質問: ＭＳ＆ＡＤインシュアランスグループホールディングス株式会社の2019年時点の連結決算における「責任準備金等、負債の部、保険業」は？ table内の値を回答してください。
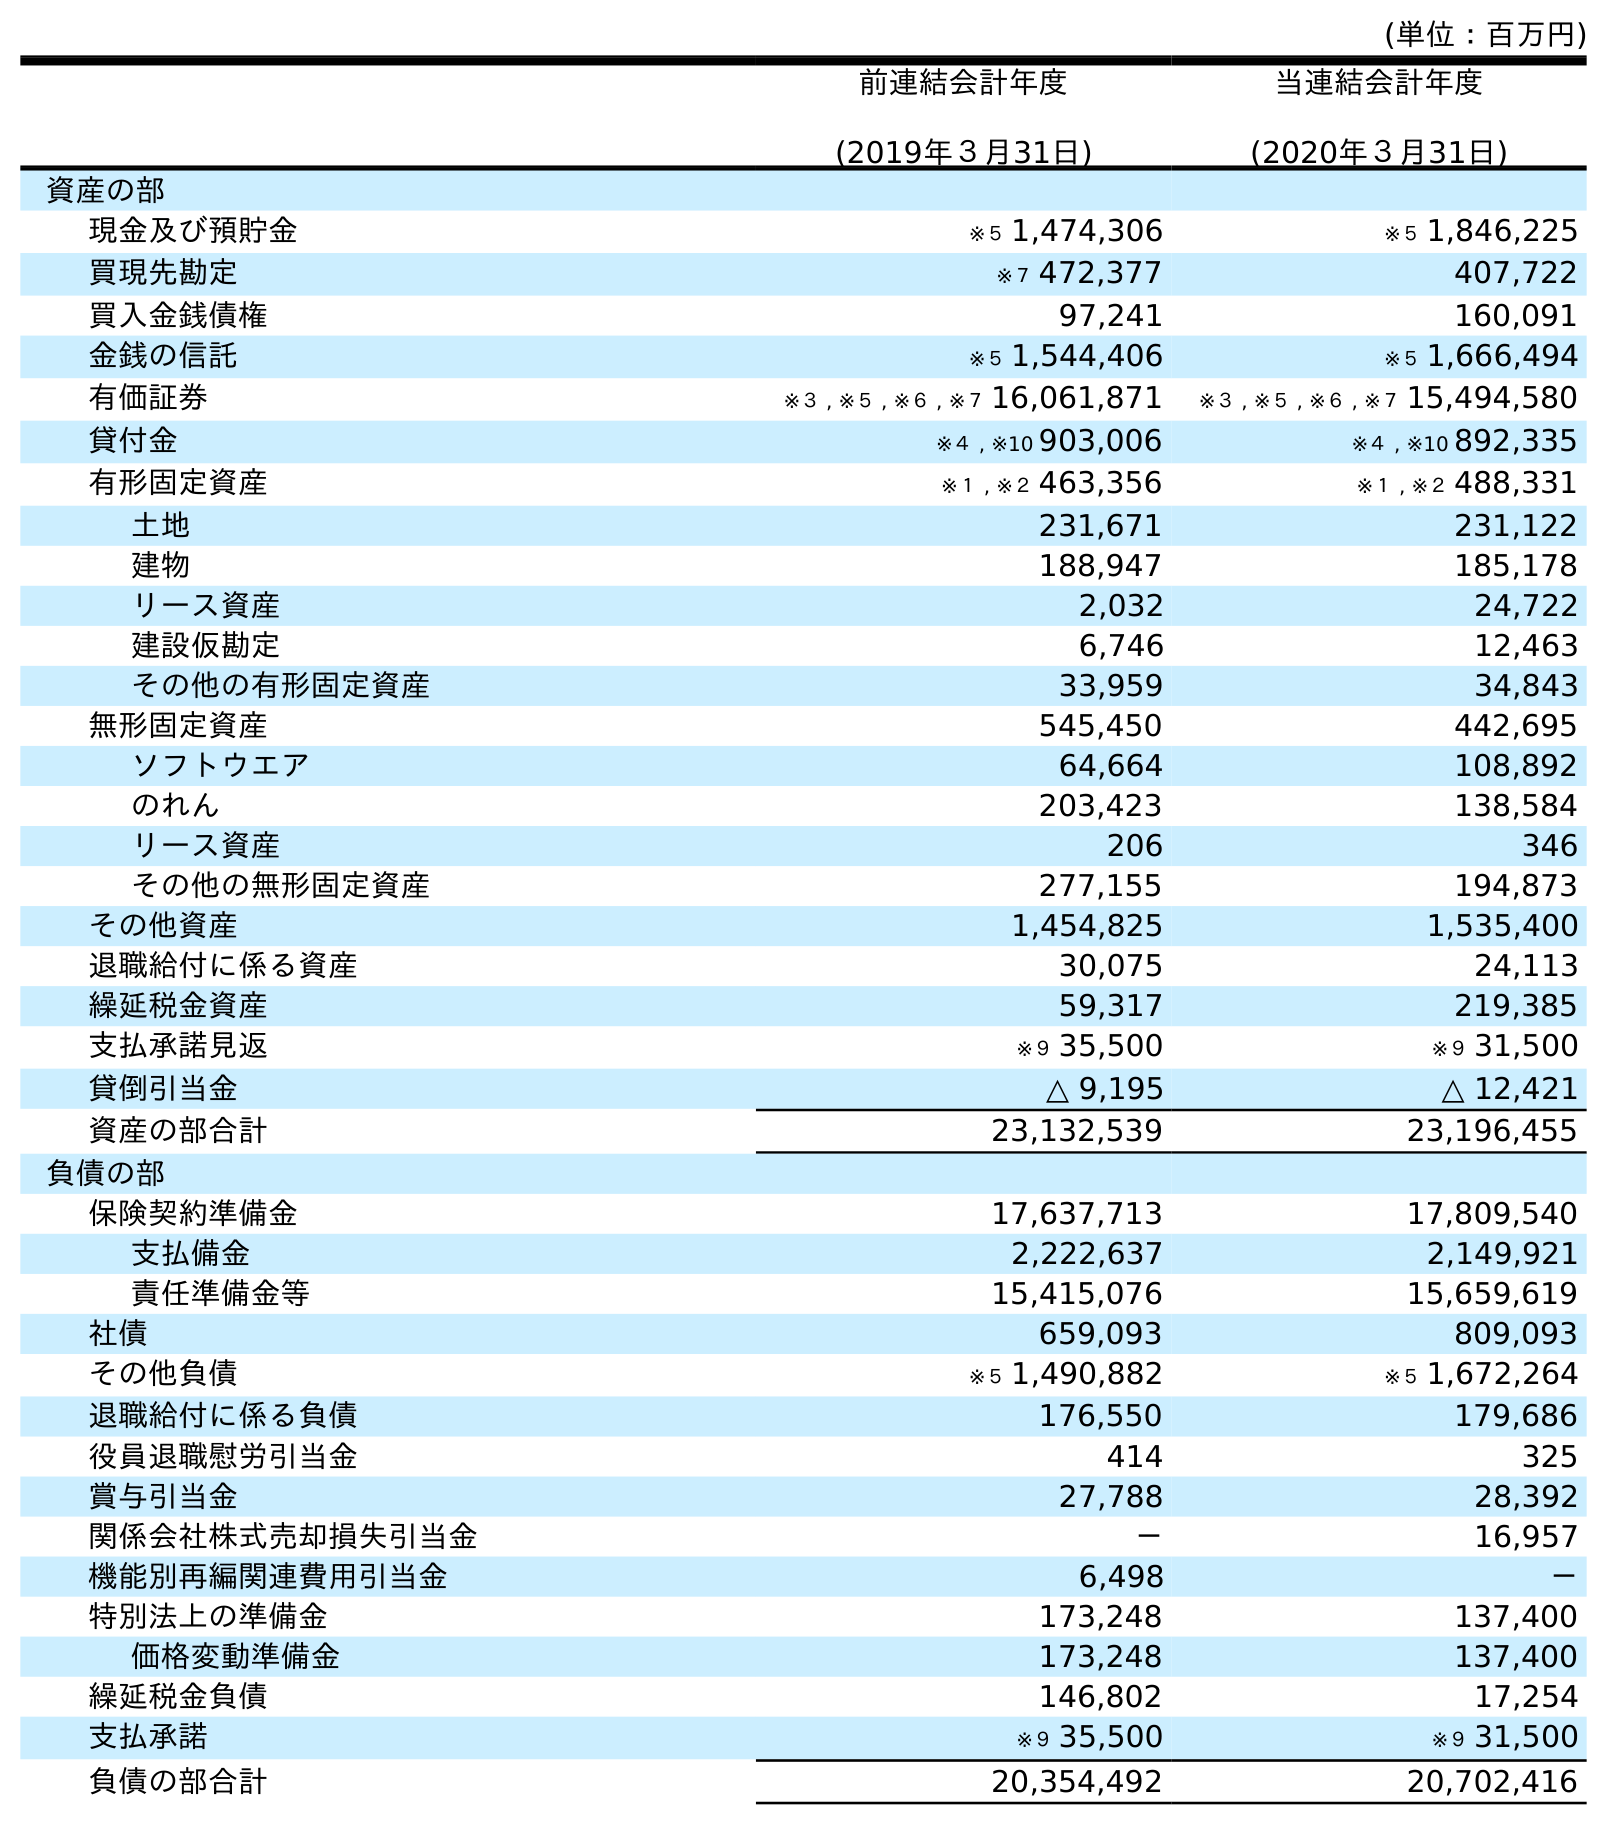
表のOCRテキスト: (単位：百万円) 前連結会計年度 (2019年３月31日) 当連結会計年度 (2020年３月31日) 資産の部 現金及び預貯金 ※５ 1,474,306 ※５ 1,846,225 買現先勘定 ※７ 472,377 407,722 買入金銭債権 97,241 160,091 金銭の信託 ※５ 1,544,406 ※５ 1,666,494 有価証券 ※３ , ※５ , ※６ , ※７ 16,061,871 ※３ , ※５ , ※６ , ※７ 15,494,580 貸付金 ※４ , ※10 903,006 ※４ , ※10 892,335 有形固定資産 ※１ , ※２ 463,356 ※１ , ※２ 488,331 土地 231,671 231,122 建物 188,947 185,178 リース資産 2,032 24,722 建設仮勘定 6,746 12,463 その他の有形固定資産 33,959 34,843 無形固定資産 545,450 442,695 ソフトウエア 64,664 108,892 のれん 203,423 138,584 リース資産 206 346 その他の無形固定資産 277,155 194,873 その他資産 1,454,825 1,535,400 退職給付に係る資産 30,075 24,113 繰延税金資産 59,317 219,385 支払承諾見返 ※９ 35,500 ※９ 31,500 貸倒引当金 △ 9,195 △ 12,421 資産の部合計 23,132,539 23,196,455 負債の部 保険契約準備金 17,637,713 17,809,540 支払備金 2,222,637 2,149,921 責任準備金等 15,415,076 15,659,619 社債 659,093 809,093 その他負債 ※５ 1,490,882 ※５ 1,672,264 退職給付に係る負債 176,550 179,686 役員退職慰労引当金 414 325 賞与引当金 27,788 28,392 関係会社株式売却損失引当金 － 16,957 機能別再編関連費用引当金 6,498 － 特別法上の準備金 173,248 137,400 価格変動準備金 173,248 137,400 繰延税金負債 146,802 17,254 支払承諾 ※９ 35,500 ※９ 31,500 負債の部合計 20,354,492 20,702,416
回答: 15,415,076